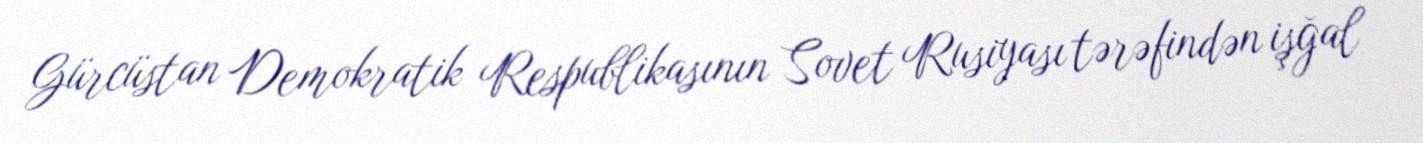
Gürcüstan Demokratik Respublikasının Sovet Rusiyası tərəfindən işğal